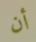
أن